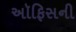
અૉફિસની